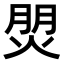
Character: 𤊏